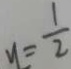
y = \frac { 1 } { 2 }